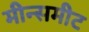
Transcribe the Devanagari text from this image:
मीन्समीट